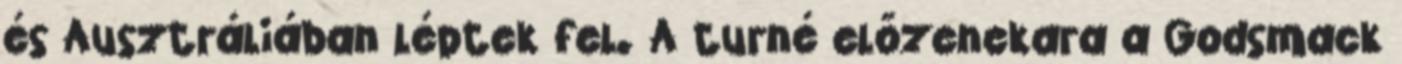
és Ausztráliában léptek fel. A turné előzenekara a Godsmack